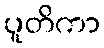
ပူတိကာ